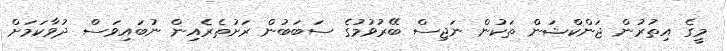
މީގެ އިތުރުން ޖަންކްޝަން ތަކުން ނަޖިސް ބޭރުވުމުގެ ސަބަބުން ރަށުތެރެއިން ނުބައިވަސް ދުވާކަމަށް